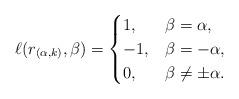
LaTeX: \begin{align*}\ell(r_{(\alpha,k)},\beta) = \begin{cases}1,&\beta =\alpha,\\-1,&\beta=-\alpha,\\0,&\beta\neq\pm\alpha.\end{cases}\end{align*}